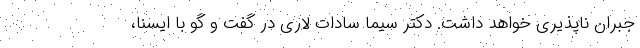
جبران ناپذیری خواهد داشت. دکتر سیما سادات لاری در گفت و گو با ایسنا،